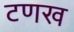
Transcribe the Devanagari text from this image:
टणख